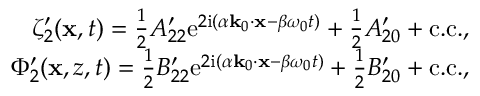
\begin{array} { r } { \zeta _ { 2 } ^ { \prime } ( \mathbf { x } , t ) = \frac { 1 } { 2 } A _ { 2 2 } ^ { \prime } \mathrm { e } ^ { 2 \mathrm { i } ( \alpha \mathbf { k } _ { 0 } \cdot \mathbf { x } - \beta \omega _ { 0 } t ) } + \frac { 1 } { 2 } A _ { 2 0 } ^ { \prime } + \mathrm { c . c . } , } \\ { \Phi _ { 2 } ^ { \prime } ( \mathbf { x } , z , t ) = \frac { 1 } { 2 } B _ { 2 2 } ^ { \prime } \mathrm { e } ^ { 2 \mathrm { i } ( \alpha \mathbf { k } _ { 0 } \cdot \mathbf { x } - \beta \omega _ { 0 } t ) } + \frac { 1 } { 2 } B _ { 2 0 } ^ { \prime } + \mathrm { c . c . } , } \end{array}